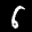
Label: 6